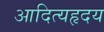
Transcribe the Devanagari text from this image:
आदित्यहृदय